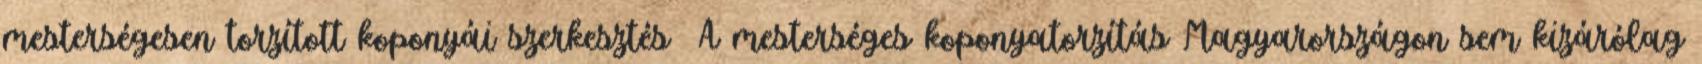
mesterségesen torzított koponyái szerkesztés A mesterséges koponyatorzítás Magyarországon sem kizárólag